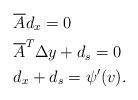
LaTeX: \begin{align*}\begin{aligned}&\overline{A}d_x=0 \\&\overline{A}^T\Delta y+d_s=0 \\&d_x+d_s=\psi^\prime(v).\end{aligned}\end{align*}